65_HS1-834228961_62-HQ-83894_Section_1
Agency: FBI
Page 119
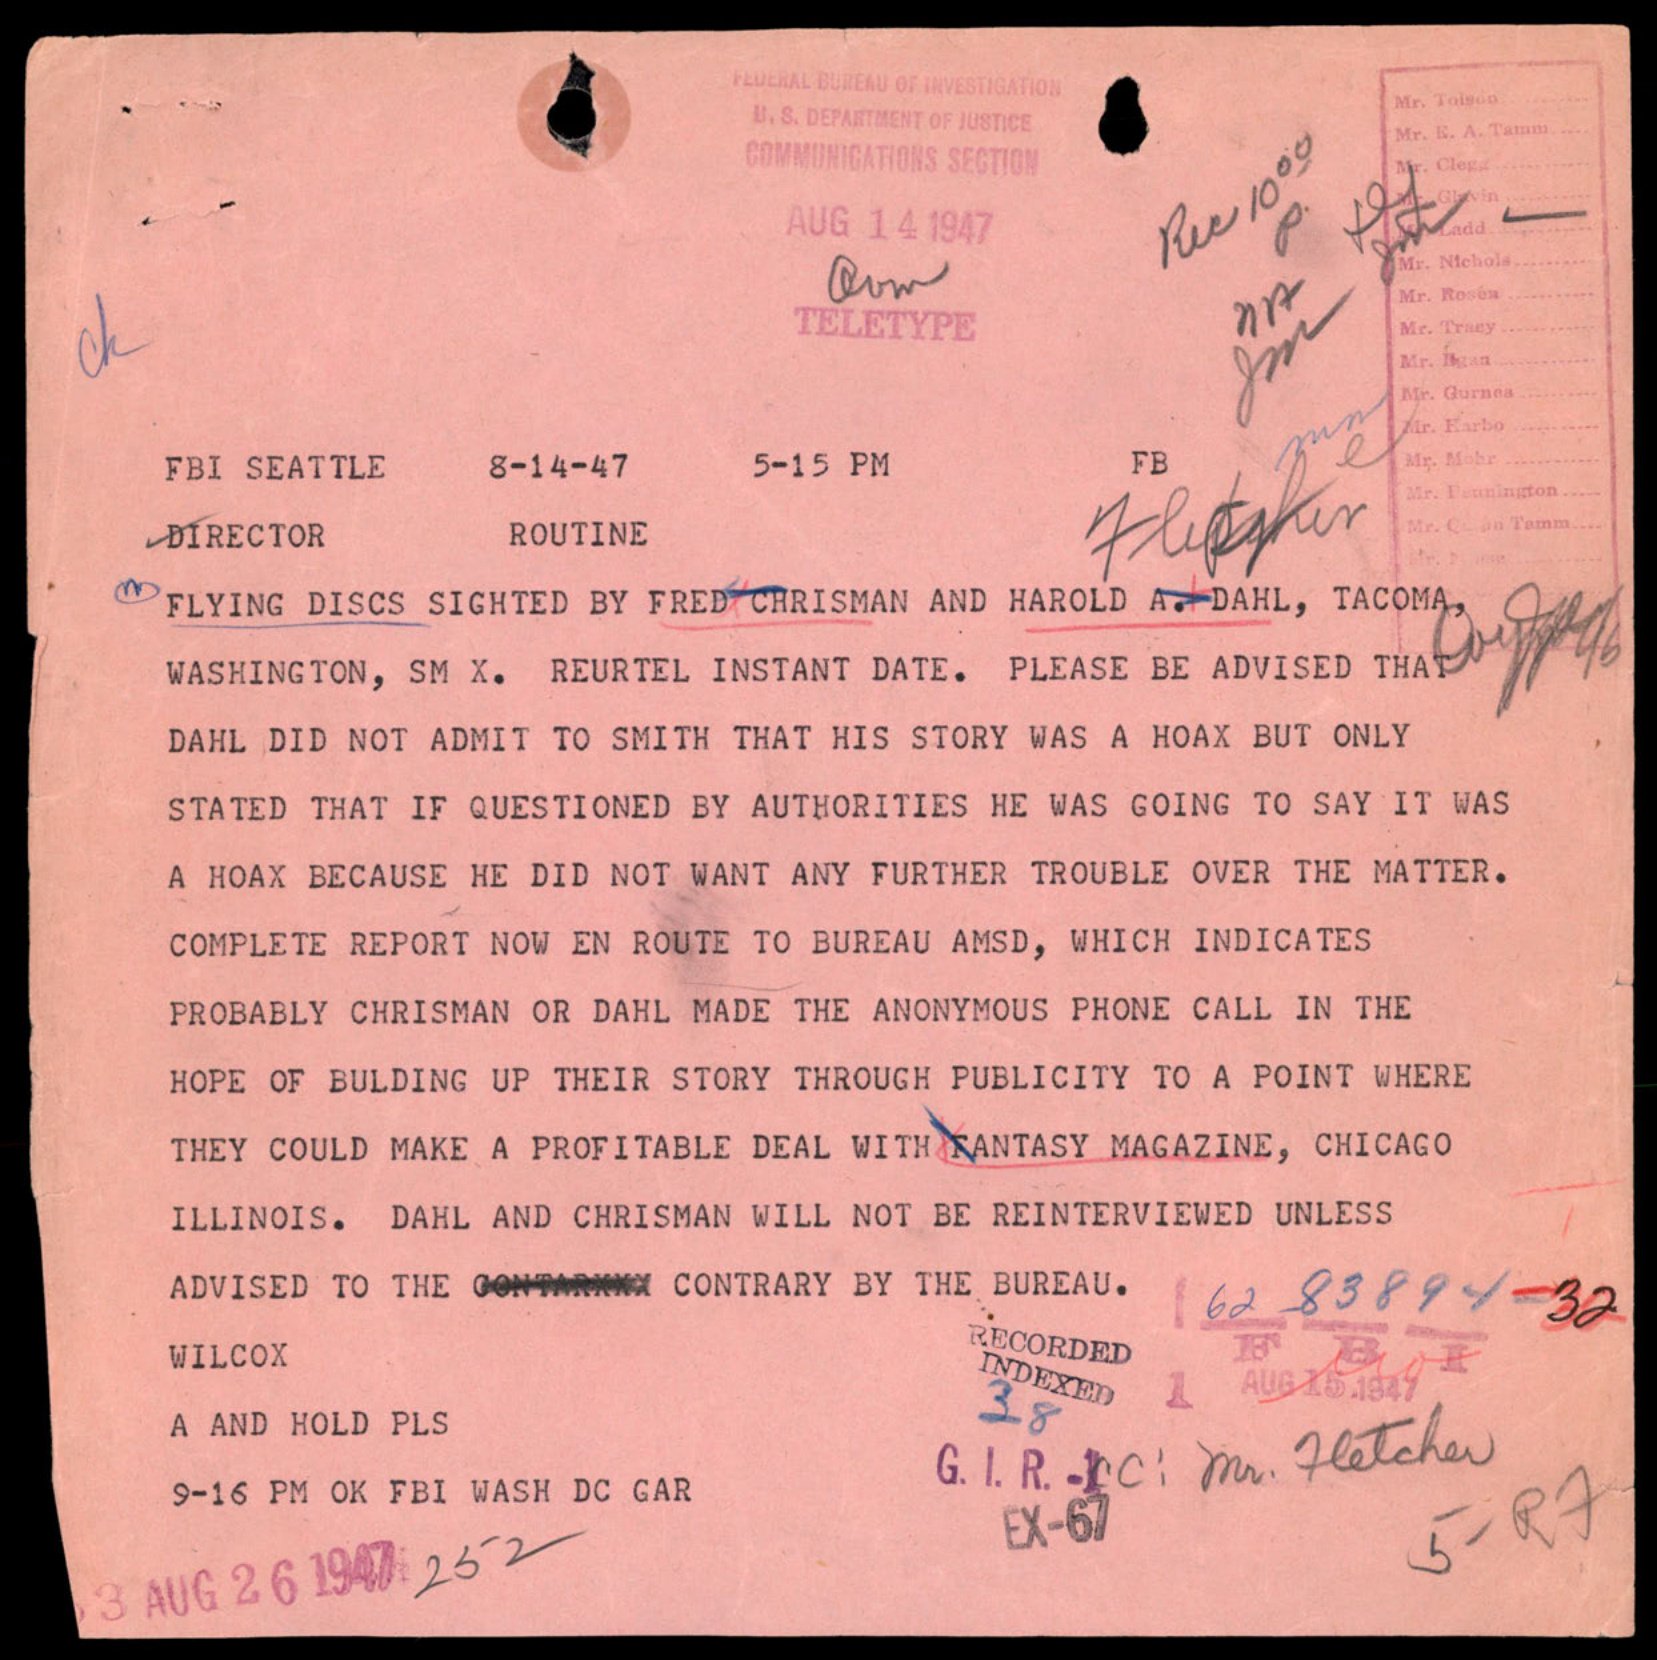